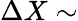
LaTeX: \Delta X\sim